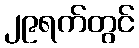
၂၉ရက်တွင်